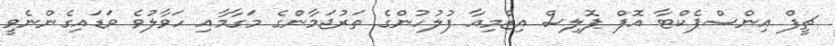
ޗީފް އިންސްޕެކްޓާ އޮފް ޕޮލިސް އިޒްމިއާ ފުލުހުންގެ ތަރުޖަމާންގެ މަގާމާއި ހަވާލުވެ ވަޑައިގެންނެވީ